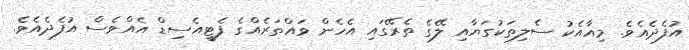
އުފެދެއެވެ. މިއާއެކު ސެލިތަކުގަޔާއި ލޭގެ ތެރޭގައި އެހެން ވައްތަރެއްގެ ފެޓީއެސިޑް އެއްވެސް އުފެދެއެވެ.